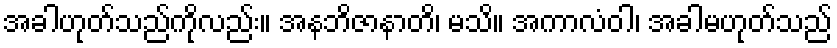
အခါဟုတ်သည်ကိုလည်း။ အနဘိဇာနာတိ၊ မသိ။ အကာလံဝါ၊ အခါမဟုတ်သည်